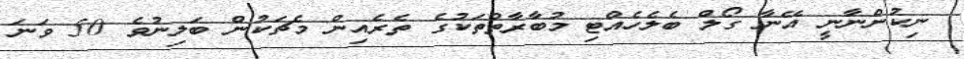
ނިކުންނާނީ އޭނާ ގޯލް ބެލެހެއްޓި މުބާރާތްތަކުގެ ތެރެއިން މެޗަކުން ބަލިނުވެ 50 ވަނަ